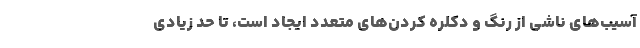
آسیب­های ناشی از رنگ و دکلره کردن­های متعدد ایجاد است، تا حد زیادی